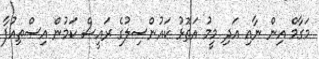
މަގާމް އިން ނާއި އަދި މީމު އަތޮޅު ކައުންސިލުގެ ރައީސް ކަމުން އިސްތިއުފާ